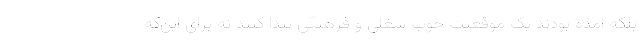
بلکه آمده بودند یک موقعیت خوب شغلی و فرهنگی پیدا کنند نه برای این‌که